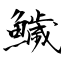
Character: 鱥